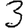
Digit: 3